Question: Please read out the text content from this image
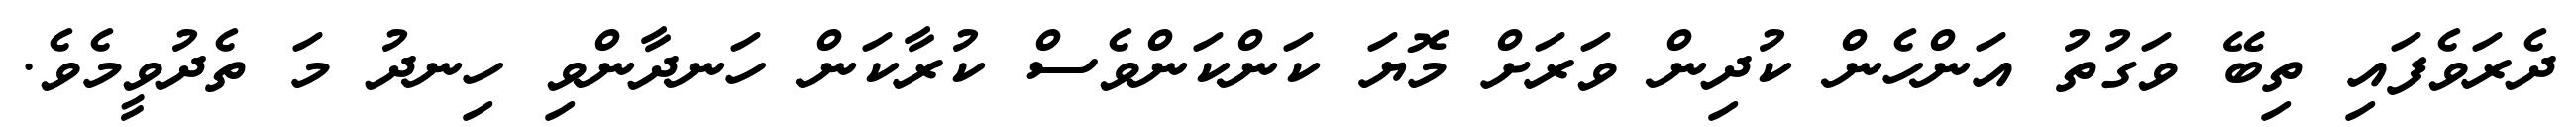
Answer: ދެރަވެފައި ތިބޭ ވަގުތު އަންހެން ކުދިން ވަރަށް މޮޔަ ކަންކަންވެސް ކުރާކަން ހަނދާންވި ހިނދު މަ ތެދުވީމެވެ.